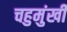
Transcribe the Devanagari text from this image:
चहुमुंखी